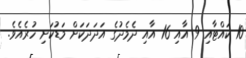
10 ކައްޓާއި 9 އާއި 16 އާއި ދެމެދުގެ އަދަދަކަށް މަޑުކަށި ހުރެއެވެ.